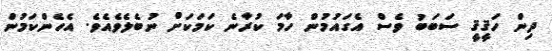
ދިން ހަޤީޤީ ސަބަބު ވެސް އެގައުމުން ހާމަ ކުރާނެ ކަމަކަށް ނުބެލެވެއެވެ. އެހެންކަމުން